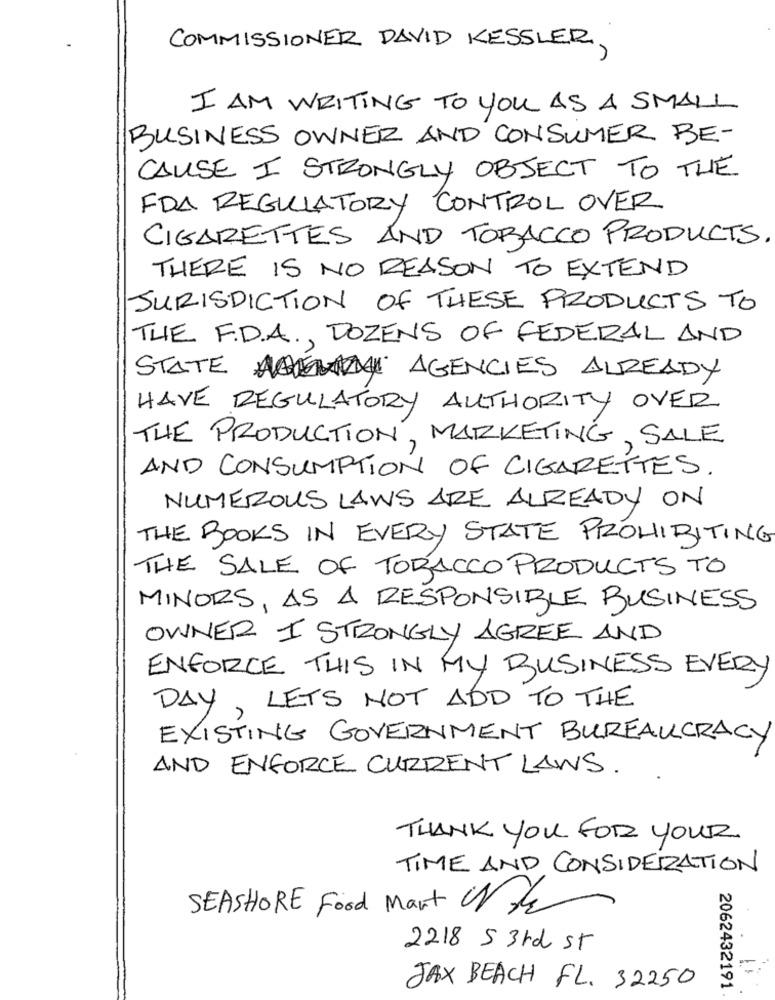
COMMISSIONER DAVID KESSLER,
I AM WRITING TO YOU AS A SMALL
BUSINESS OWNER AND CONSUMER BE-
CAUSE I STRONGLY OBJECT TO THE
FDA REGULATORY CONTROL OVER
CIGARETTES AND TOBACCO PRODUCTS.
THERE IS NO REASON TO EXTEND
JURISDICTION OF THESE PRODUCTS TO
THE F.D.A ., DOZENS OF FEDERAL AND
STATE MANI AGENCIES ALREADY
HAVE REGULATORY AUTHORITY OVER
THE PRODUCTION, MARKETING, SALE
AND CONSUMPTION OF CIGARETTES.
NUMEROUS LAWS ARE ALREADY ON
THE BOOKS IN EVERY STATE PROHIBITING
THE SALE OF TOBACCO PRODUCTS TO
MINORS, AS A RESPONSIBLE BUSINESS
OWNER I STRONGLY AGREE AND
ENFORCE THIS IN MY BUSINESS EVERY
DAY, LETS NOT ADD TO THE
EXISTING GOVERNMENT BUREAUCRACY
AND ENFORCE CURRENT LAWS.
THANK YOU FOR YOUR
TIME AND CONSIDERATION
SEASHORE Food Mart Ore
2218 5 3rd St
2062432191
JAX BEACH FL. 32250